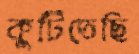
কুটিতেছি